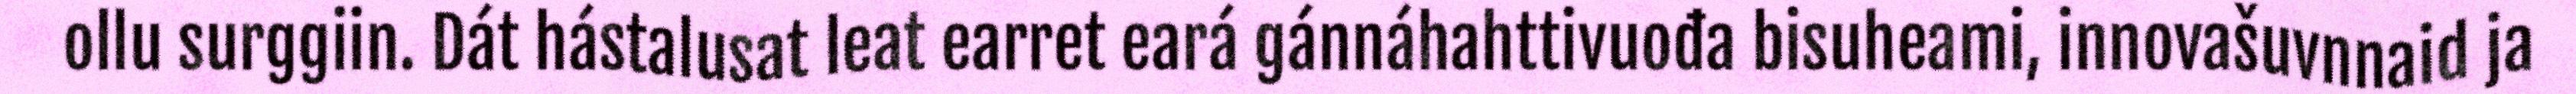
ollu surggiin. Dát hástalusat leat earret eará gánnáhahttivuođa bisuheami, innovašuvnnaid ja